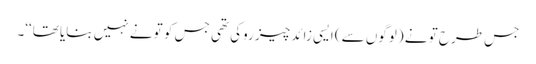
جس طرح تو نے (لوگوں سے) ایسی زائد چیز روکی تھی جس کو تو نے نہیں بنایا تھا‘‘۔